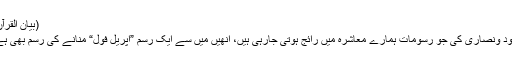
(بیان القرآن)
یہود ونصاریٰ کی جو رسومات ہمارے معاشرہ میں رائج ہوتی جارہی ہیں، انھیں میں سے ایک رسم ”اپریل فول“ منانے کی رسم بھی ہے۔